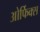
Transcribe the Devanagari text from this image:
ओर्फिक्स